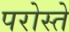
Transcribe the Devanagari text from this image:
परोस्ते